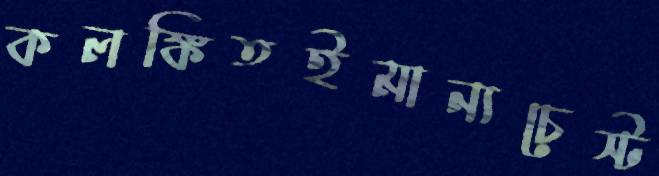
কলঙ্কিতইমান্যচেস্ট